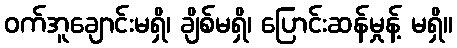
ဝက်အူချောင်းမရှိ၊ ချိစ်မရှိ၊ ပြောင်းဆန်မှုန့် မရှိ။